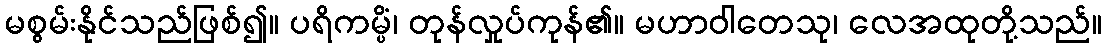
မစွမ်းနိုင်သည်ဖြစ်၍။ ပရိကမ္ပိံ၊ တုန်လှုပ်ကုန်၏။ မဟာဝါတေသု၊ လေအထုတို့သည်။